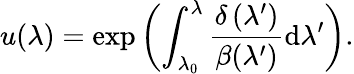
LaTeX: u(\lambda)=\exp\left(\int_{\lambda_{0}}^{\lambda}\frac{\delta\left(\lambda^{\prime}\right)}{\beta(\lambda^{\prime})}\mathrm{d}\lambda^{\prime}\right).